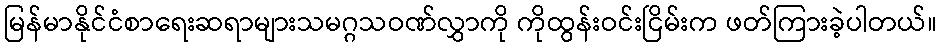
မြန်မာနိုင်ငံစာရေးဆရာများသမဂ္ဂသဝဏ်လွှာကို ကိုထွန်းဝင်းငြိမ်းက ဖတ်ကြားခဲ့ပါတယ်။